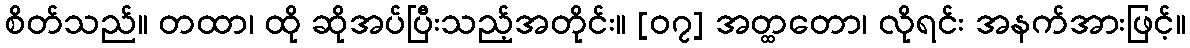
စိတ်သည်။ တထာ၊ ထို ဆိုအပ်ပြီးသည့်အတိုင်း။ [၀၇] အတ္ထတော၊ လိုရင်း အနက်အားဖြင့်။